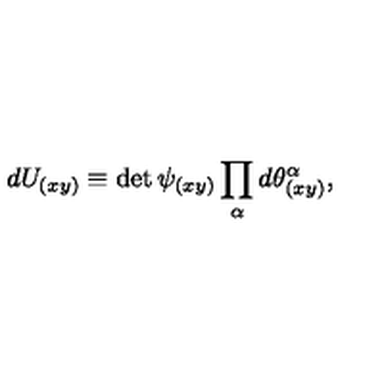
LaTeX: d U _ { ( x y ) } \equiv \det \psi _ { ( x y ) } \prod _ { \alpha } d \theta _ { ( x y ) } ^ { \alpha } ,